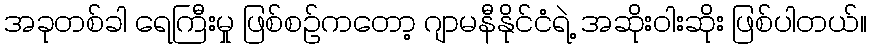
အခုတစ်ခါ ရေကြီးမှု ဖြစ်စဥ်ကတော့ ဂျာမနီနိုင်ငံရဲ့ အဆိုးဝါးဆိုး ဖြစ်ပါတယ်။